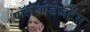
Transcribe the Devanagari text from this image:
पॉलेओडेजर्टस